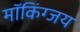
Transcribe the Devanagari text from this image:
मॉकिंग्जय